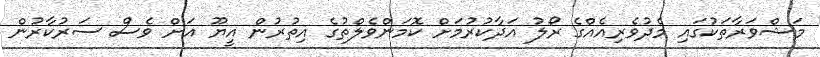
މަޝްވަރާތަކުގައި މެދުވެރިއެއްގެ ރޯލު އަދާކުރުމަށް ކޮމަންވެލްތުގެ އިތުރުން އީޔޫ އަށް ވެސް ސަރުކާރުން